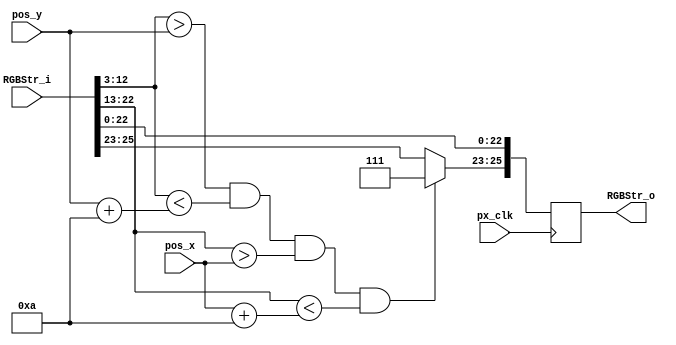
//////////////////////////////////////////////////////////////////////////////////
// Company: Ridotech
// 
// Module Name: PxsBall
// Description: Draw a simple ball in a stream RGB.
//
// Dependencies: 
//
// Revision: 
// Revision 0.01 - File Created
//
// Additional Comments:
//
//////////////////////////////////////////////////////////////////////////////////
module PxsBall (
                input wire        px_clk,      // Pixel clock.
                input wire [25:0] RGBStr_i,    // Input RGB stream.
                input wire [9:0]  pos_x,       // X ball position.
                input wire [9:0]  pos_y,       // Y ball position.
                output reg [25:0] RGBStr_o     // Output RGB stream.
               );

// Address alias. 
`define Active 0:0
`define VS 1:1
`define HS 2:2
`define YC 12:3
`define XC 22:13
`define R 23:23
`define G 24:24
`define B 25:25
`define RGB 25:23
`define VGA 22:0

// Ball color and dimension.
parameter [3:0] white = 3'b111;
parameter size_ball = 10;

// Task 1.
always @(posedge px_clk)
begin
    // Clone VGA stream in a RGB stream.
    RGBStr_o[`VGA] <= RGBStr_i[`VGA];
    
    // Draw ball.
    RGBStr_o[`RGB] <= (
               (RGBStr_i[`YC] > pos_y) && (RGBStr_i[`YC] < pos_y+size_ball) &&
               (RGBStr_i[`XC] > pos_x) && (RGBStr_i[`XC] < pos_x+size_ball)
             ) ? white : RGBStr_i[`RGB];
end

endmodule